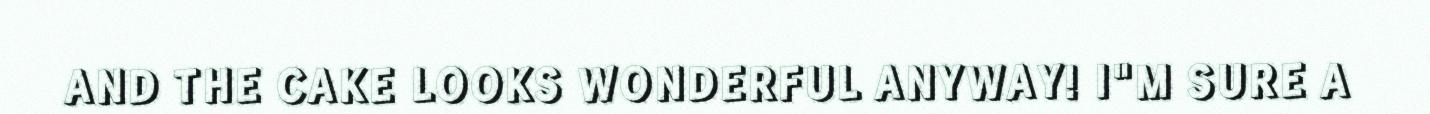
AND THE CAKE LOOKS WONDERFUL ANYWAY! I"M SURE A